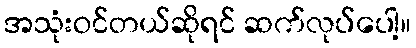
အသုံးဝင်တယ်ဆိုရင် ဆက်လုပ်ပေါ့။